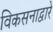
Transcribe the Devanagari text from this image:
विकसनाद्वारे